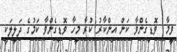
ވީމާ  ވޮޑިގެންވާ ކަން އިންކާރު ކުރާ މީހާ ވޮޑިގެންވާ ކަމުގެ ދަލީލަކީ